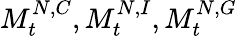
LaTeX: M_{t}^{N,C},M_{t}^{N,I},M_{t}^{N,G}